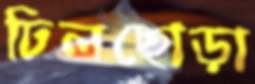
ঢিলছোড়া